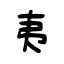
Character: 夷